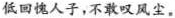
低回愧人子，不敢叹风尘。